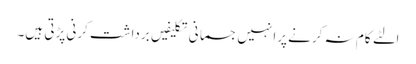
الٹے کام نہ کرنے پرانہیں جسمانی تکلیفیں برداشت کرنی پڑتی ہیں۔